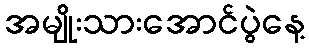
အမျိုးသားအောင်ပွဲနေ့